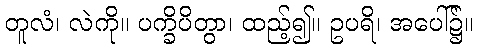
တူလံ၊ လဲကို။ ပက္ခိပိတွာ၊ ထည့်၍။ ဥပရိ၊ အပေါ်၌။